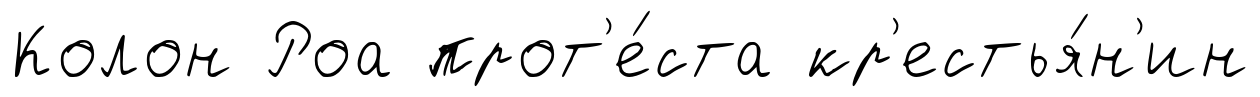
Колон Роа прот'е́ста кр'естья́н'ин